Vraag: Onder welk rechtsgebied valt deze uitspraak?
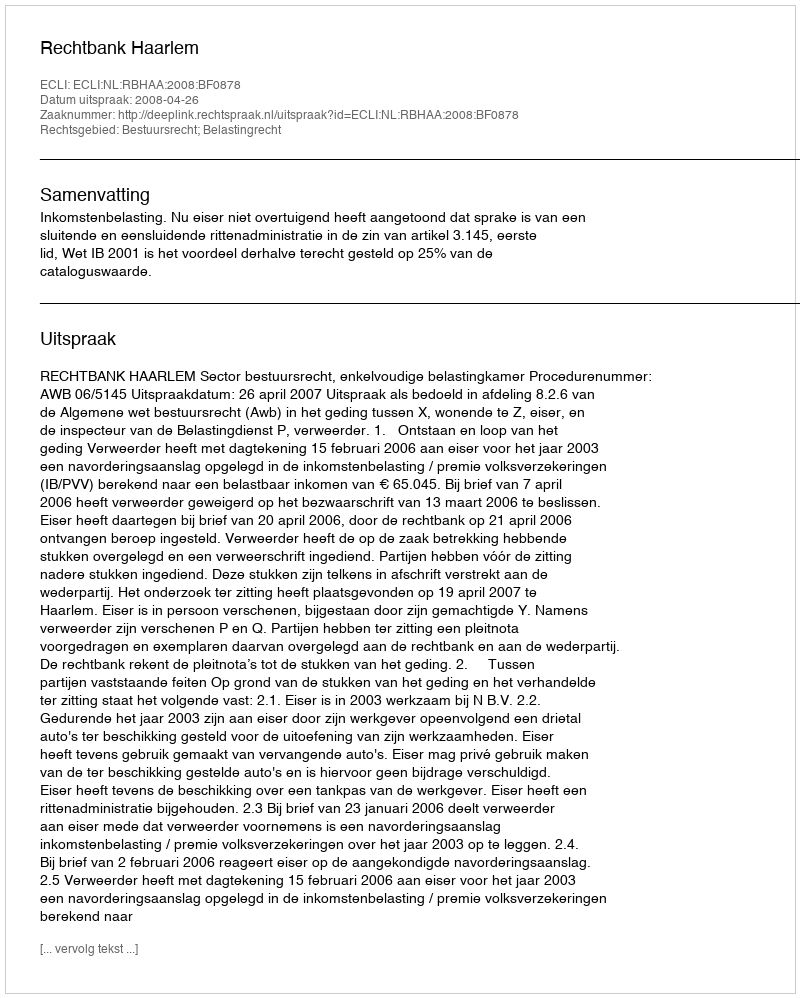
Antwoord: Bestuursrecht; Belastingrecht